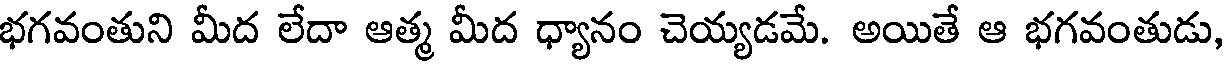
భగవంతుని మీద లేదా ఆత్మ మీద ధ్యానం చెయ్యడమే. అయితే ఆ భగవంతుడు,